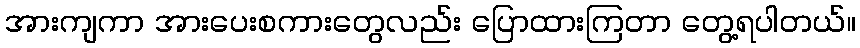
အားကျကာ အားပေးစကားတွေလည်း ပြောထားကြတာ တွေ့ရပါတယ်။